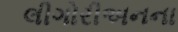
લીગોરીઅનના